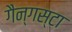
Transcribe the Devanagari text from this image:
गैन्गस्टा